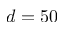
d = 5 0